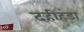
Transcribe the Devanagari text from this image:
दहीहंडा